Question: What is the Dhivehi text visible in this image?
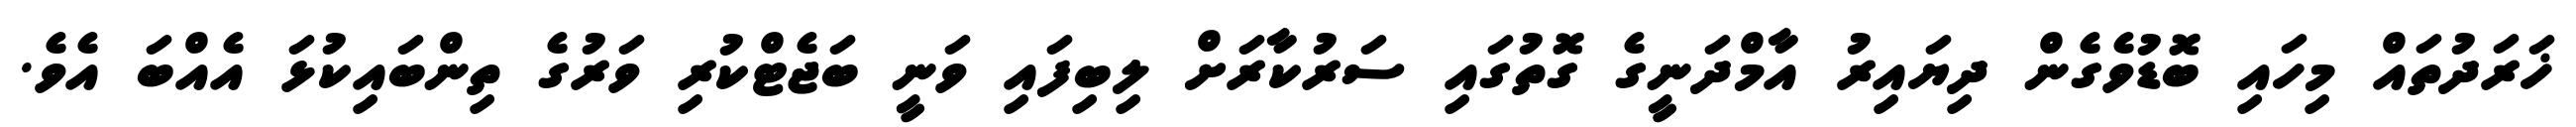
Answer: ޚަރަދުތައް މިހައި ބޮޑުވެގެން ދިޔައިރު އާމްދަނީގެ ގޮތުގައި ސަރުކާރަށް ލިބިފައި ވަނީ ބަޖެޓްކުރި ވަރުގެ ތިންބައިކުޅަ އެއްބަ އެވެ.